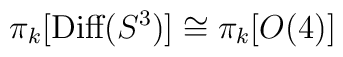
\pi_{k}[\mbox{Diff}(S^{3})] \cong \pi_{k}[O(4)]